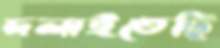
দলাইতেছি